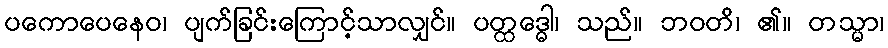
ပကောပေနေဝ၊ ပျက်ခြင်းကြောင့်သာလျှင်။ ပတ္ထဒ္ဓေါ၊ သည်။ ဘဝတိ၊ ၏။ တသ္မာ၊